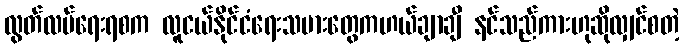
လွတ်လပ်ရေးရစက လူငယ်နိုင်ငံရေးသမားတွေကဟယ်ချာချီ နင်သည်ကားဟုဆိုလျှင်စတဲ့